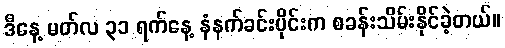
ဒီနေ့ မတ်လ ၃၁ ရက်နေ့ နံနက်ခင်းပိုင်းက စခန်းသိမ်းနိုင်ခဲ့တယ်။